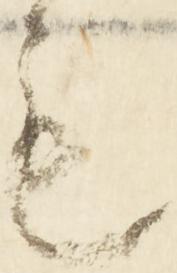
も